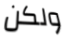
ولكن